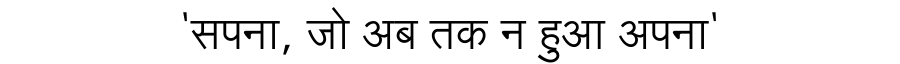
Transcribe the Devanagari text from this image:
'सपना, जो अब तक न हुआ अपना'